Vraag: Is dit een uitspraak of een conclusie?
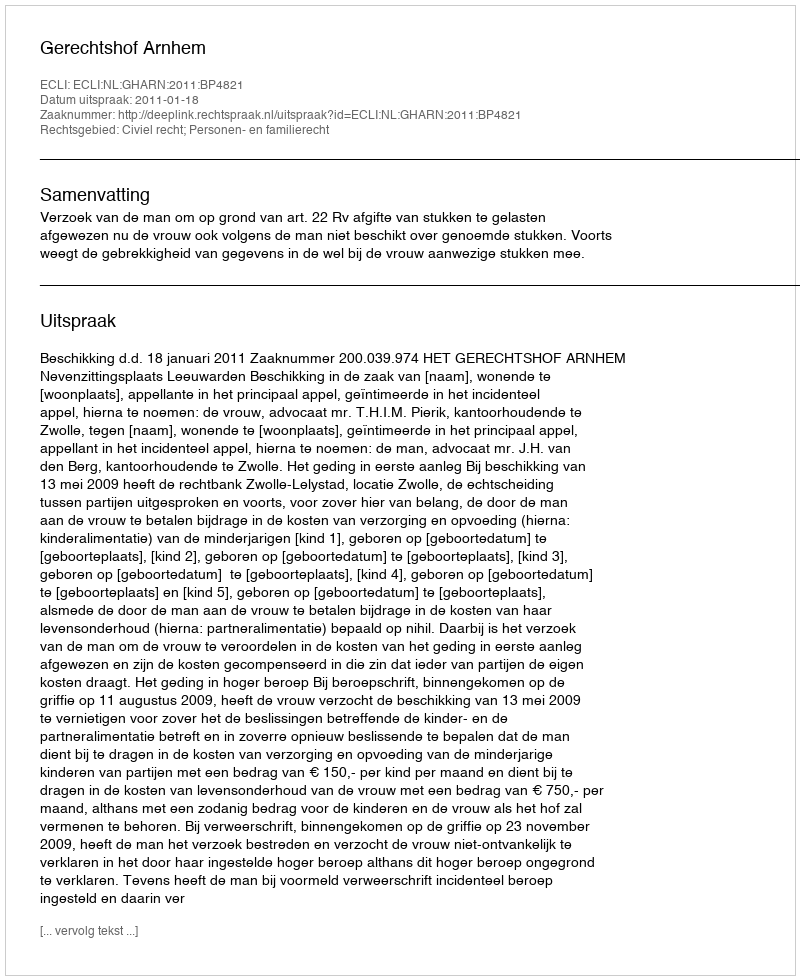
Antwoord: Uitspraak